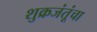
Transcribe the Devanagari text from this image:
शुक्रजंतूंचा